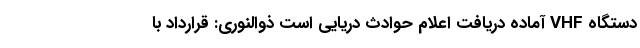
دستگاه VHF آماده دریافت اعلام حوادث دریایی است ذوالنوری: قرارداد با